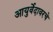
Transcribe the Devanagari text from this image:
आयुर्वेदावरचे